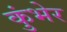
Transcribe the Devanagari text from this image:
कुंभेर